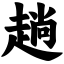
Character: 趟